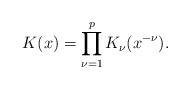
LaTeX: \begin{align*}K(x)=\prod_{\nu=1}^p K_\nu(x^{-\nu}).\end{align*}